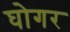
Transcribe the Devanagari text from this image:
घोगर